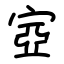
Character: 㝞